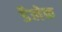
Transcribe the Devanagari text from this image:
डैलेक